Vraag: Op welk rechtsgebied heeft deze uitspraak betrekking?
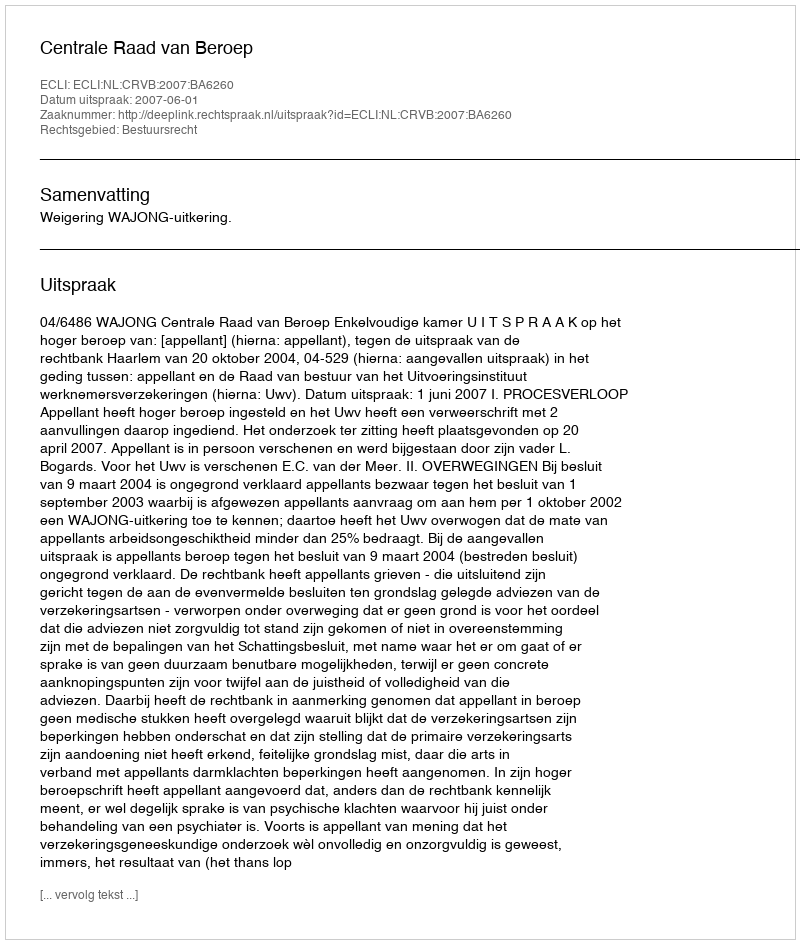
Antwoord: Bestuursrecht